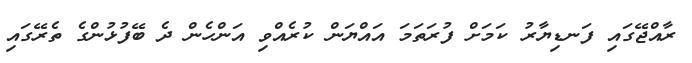
ރާއްޖޭގައި ފަނޑިޔާރު ކަމަށް ފުރަތަމަ އައްޔަން ކުރެއްވި އަންހެން ދެ ބޭފުޅުންގެ ތެރޭގައި